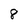
Character: 8